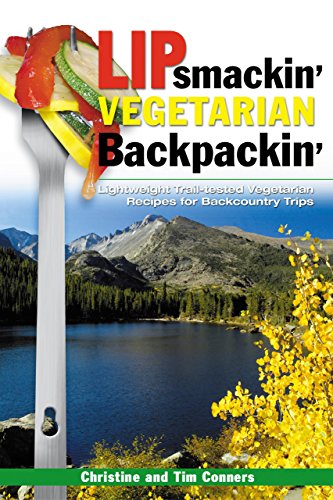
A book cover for Lipsmackin' Vegetarian Backpackin'; Christine Conners; Cookbooks, Food & Wine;